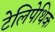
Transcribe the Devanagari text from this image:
टेलिपेथिक